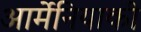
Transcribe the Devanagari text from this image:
आर्मेनियाकी